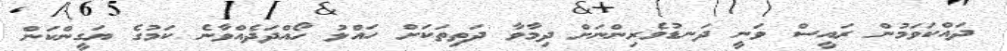
ދައްކަވަމުން ރައީސް ވަނީ ދަނޑުވެރިންނަށް ދިމާވާ ދަތިތަކަށް ހައްލު ހޯއްދަދެއްވާނެ ކަމުގެ ޔަގީންކަން